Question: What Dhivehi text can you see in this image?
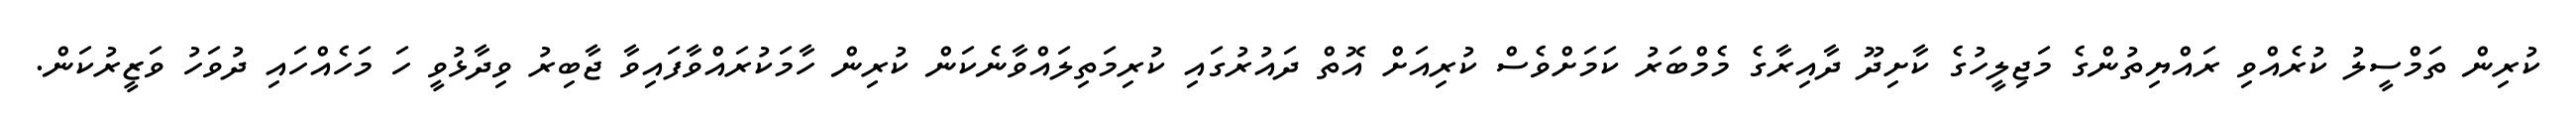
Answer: ކުރިން ތަމްސީލު ކުރެއްވި ރައްޔިތުންގެ މަޖިލީހުގެ ކާށިދޫ ދާއިރާގެ މެމްބަރު ކަމަށްވެސް ކުރިއަށް އޮތް ދައުރުގައި ކުރިމަތިލައްވާނެކަން ކުރިން ހާމަކުރައްވާފައިވާ ޖާބިރު ވިދާޅުވީ ހަ މަހެއްހައި ދުވަހު ވަޒީރުކަން.